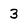
Character: 3